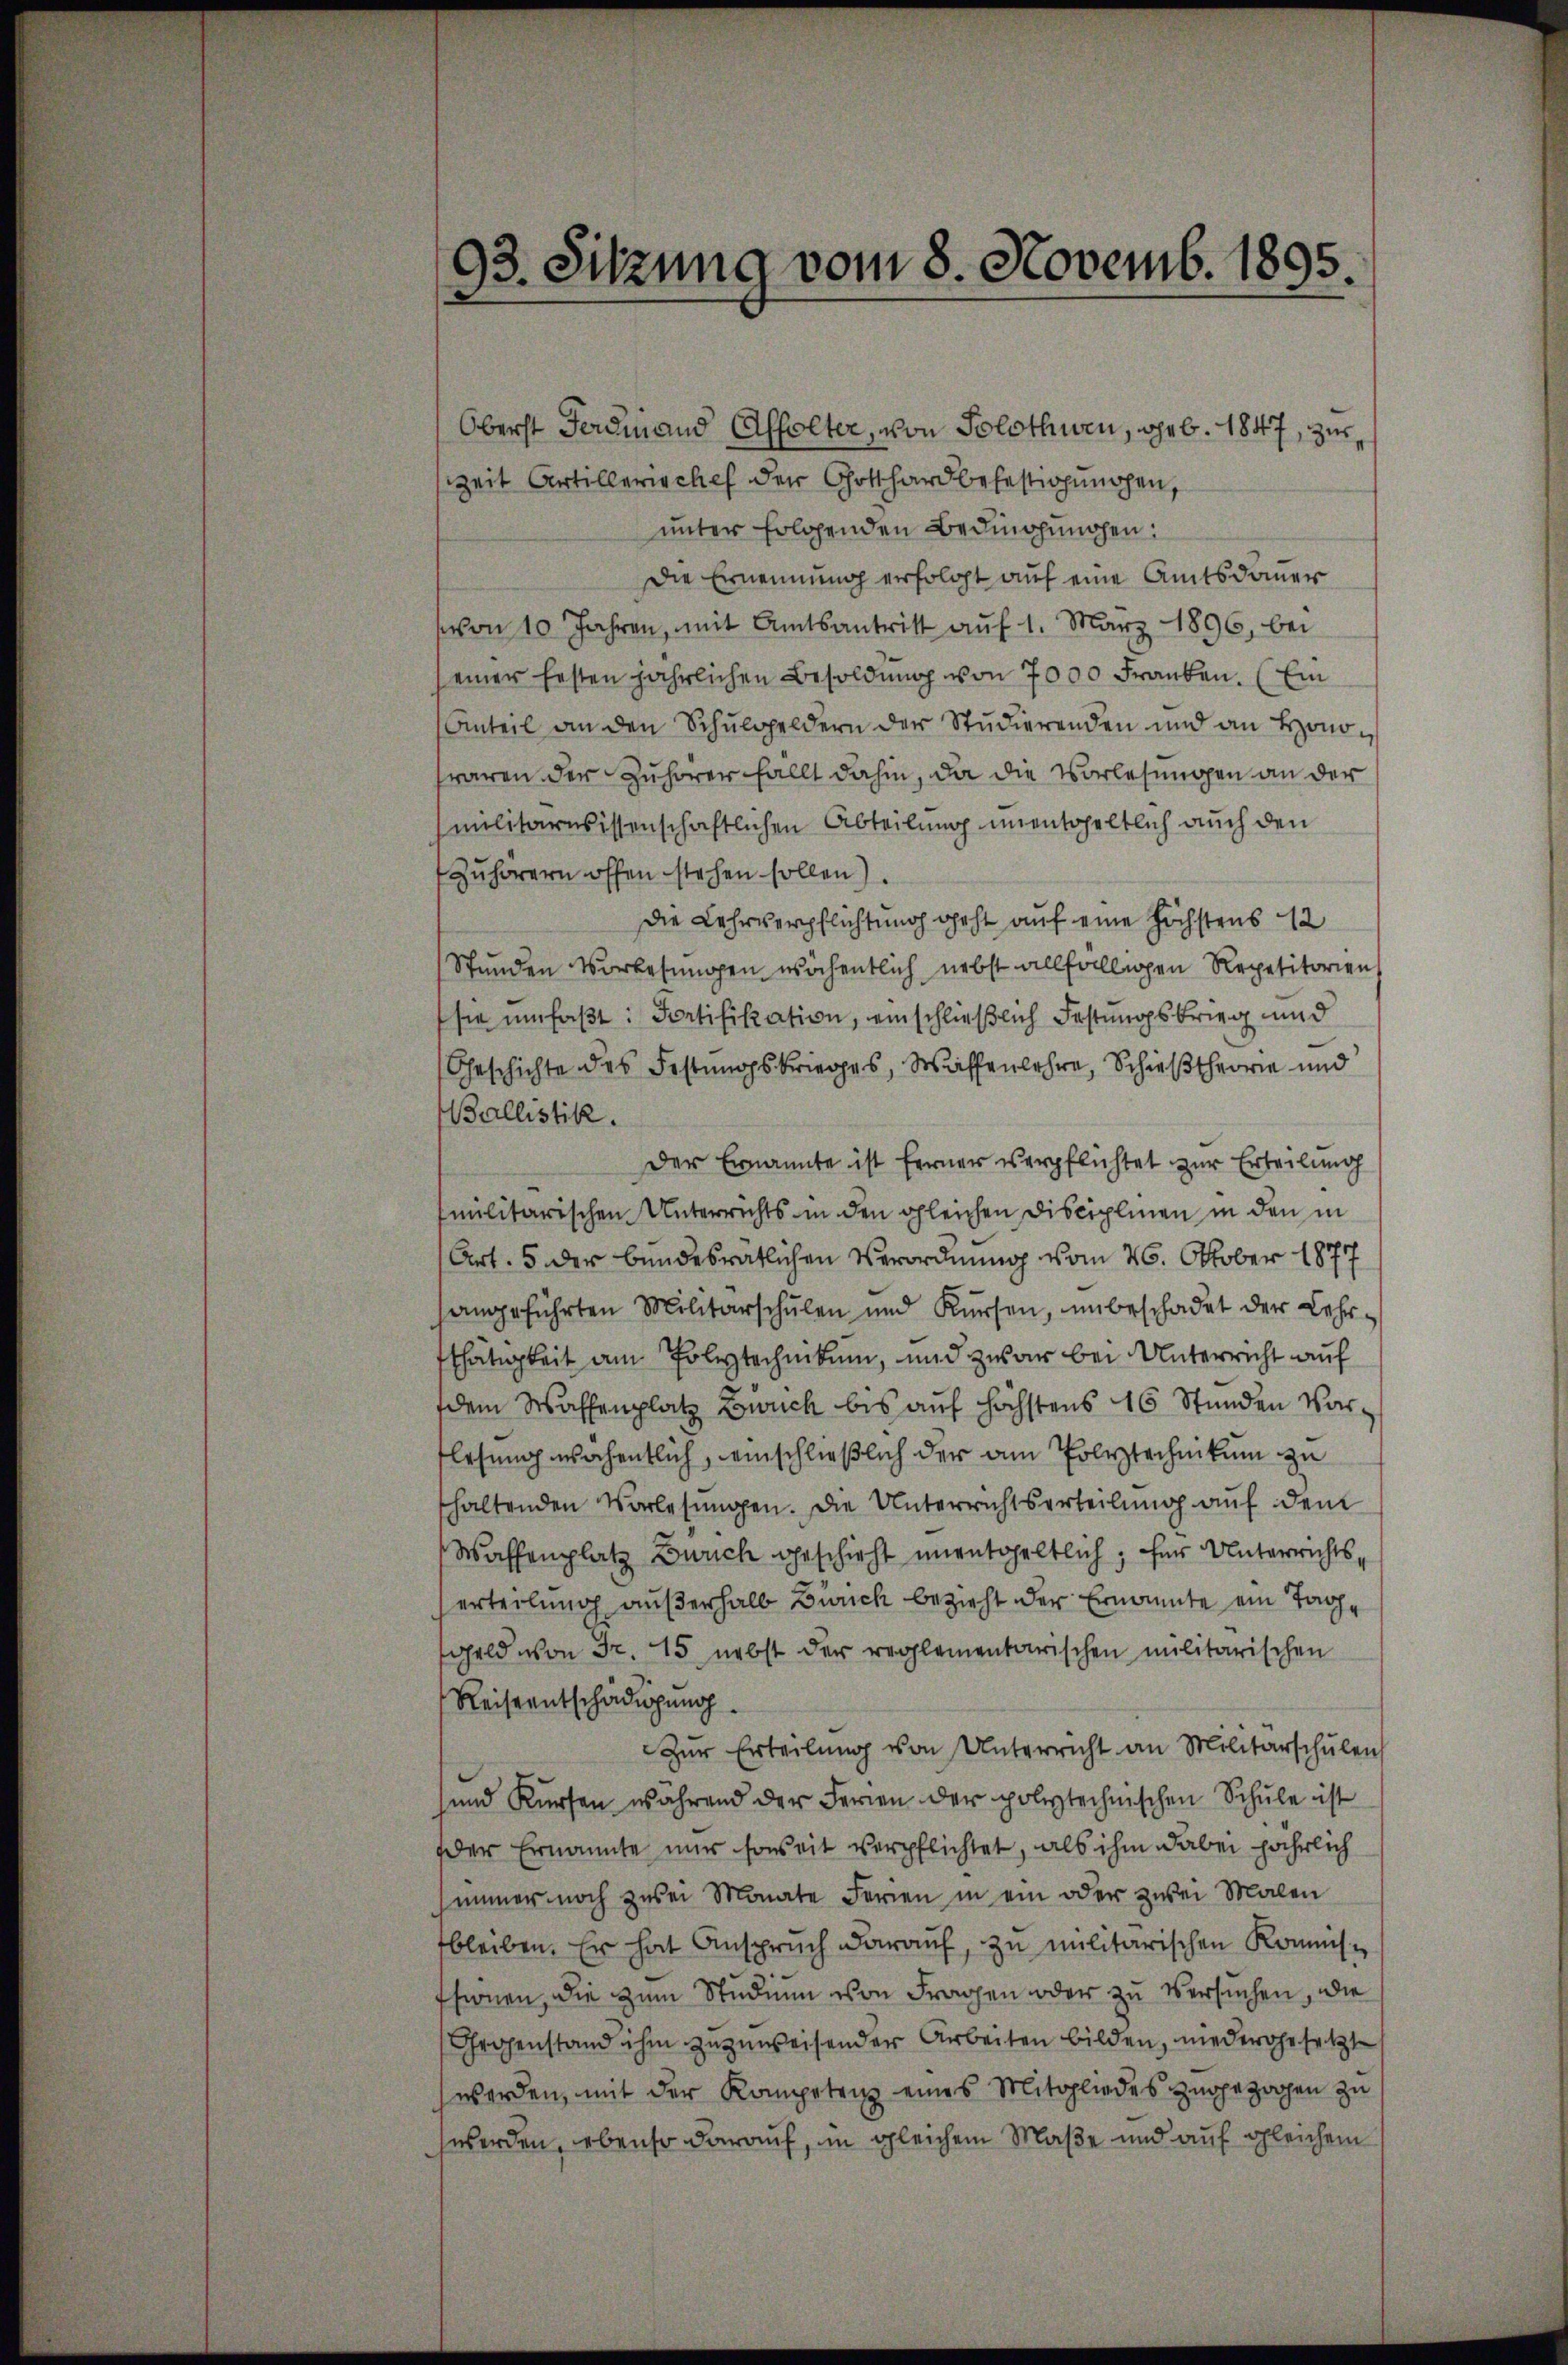
93. Sitzung vom 8. Novemb. 1895.

Oberst Ferdinand Affolter, von Solothurn, geb. 1847, zur
zeit Artillerischef der Gotthard befestigungen,
unter folgenden Bedingungen:
Die Ernennung erfolgt auf eine Amtsdauer
von 10 Jahren, mit Amtsantritt auf 1. März 1896, bei
einer festen jährlichen Besoldung von 7000 Franken. (Ein
Anteil an den Schŭlgeldern der Studierenden und an Honofaren der Zuhörer fällt dahin, da die Vorlesungen an der
militärarissenschaftlichen Abteilung unentgeltlich auch den
Zuhörern offen stehen sollen)
die Lehrverpflichtung geht auf eine höchstens 12
Stunden Vorlesungen wöchentlich nebst allfälligen Repetitorien
sie umfaßt: Sortifikation, einschließlich Festungsbrieg und
Geschichte des Festungskrieges, Waffenlehre, Schieß theorie und
Ballistik.
Der Ernannte ist ferner verpflichtet zur Erteilung
militärischen Unterrichts in den gleichen Disciplinen in den in
Art. 5 der bundesrätlichen Verordnung vom 26. Oktober 1877
angeführten Militärschulen und Kürsen, unbeschadet der Lehr-
thätigkeit am Polytechnikum, und zwar bei Unterricht auf
dem Waffenplatz Zürich bis auf höchstens 16 Stunden Vorflesung wöchentlich, einschließlich der am Polytechnikum zu
haltenden Vorlesungen. Die Unterrichtserteilŭng aŭf dem
Waffenplatz Zürich geschieht unentgeltlich, für Unterrichts,
erteilung außerhalb Zürich bezieht der Ernannte ein Tag¬
Geld von Fr. 15. nebst der reglementarischen militarischen
Reiseentschädigung
Zŭr Erteilŭng von Unterricht an Militärschulen
und Kursen während der Ferien der polytechnischen Schule ist
der Ernannte nur soweit verpflichtet, als ihm dabei jährlich
immer noch zwei Monate Ferien in ein oder zwei Malen
bleiben. Er hat Ansprŭch daraŭf, zŭ militarischen Kommis-
tsionen, die zum Studium von Fragen oder zu versuchen, die
Grogenstand ihm zuzuweisender Arbeiten bilden, niedergesetzt
werden, mit der Kompetenz eines Mitgliedes zugezogen zu
werden, ebenso darauf, in gleichem Maße und auf gleichem